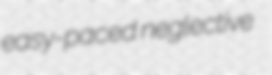
easy-paced neglective